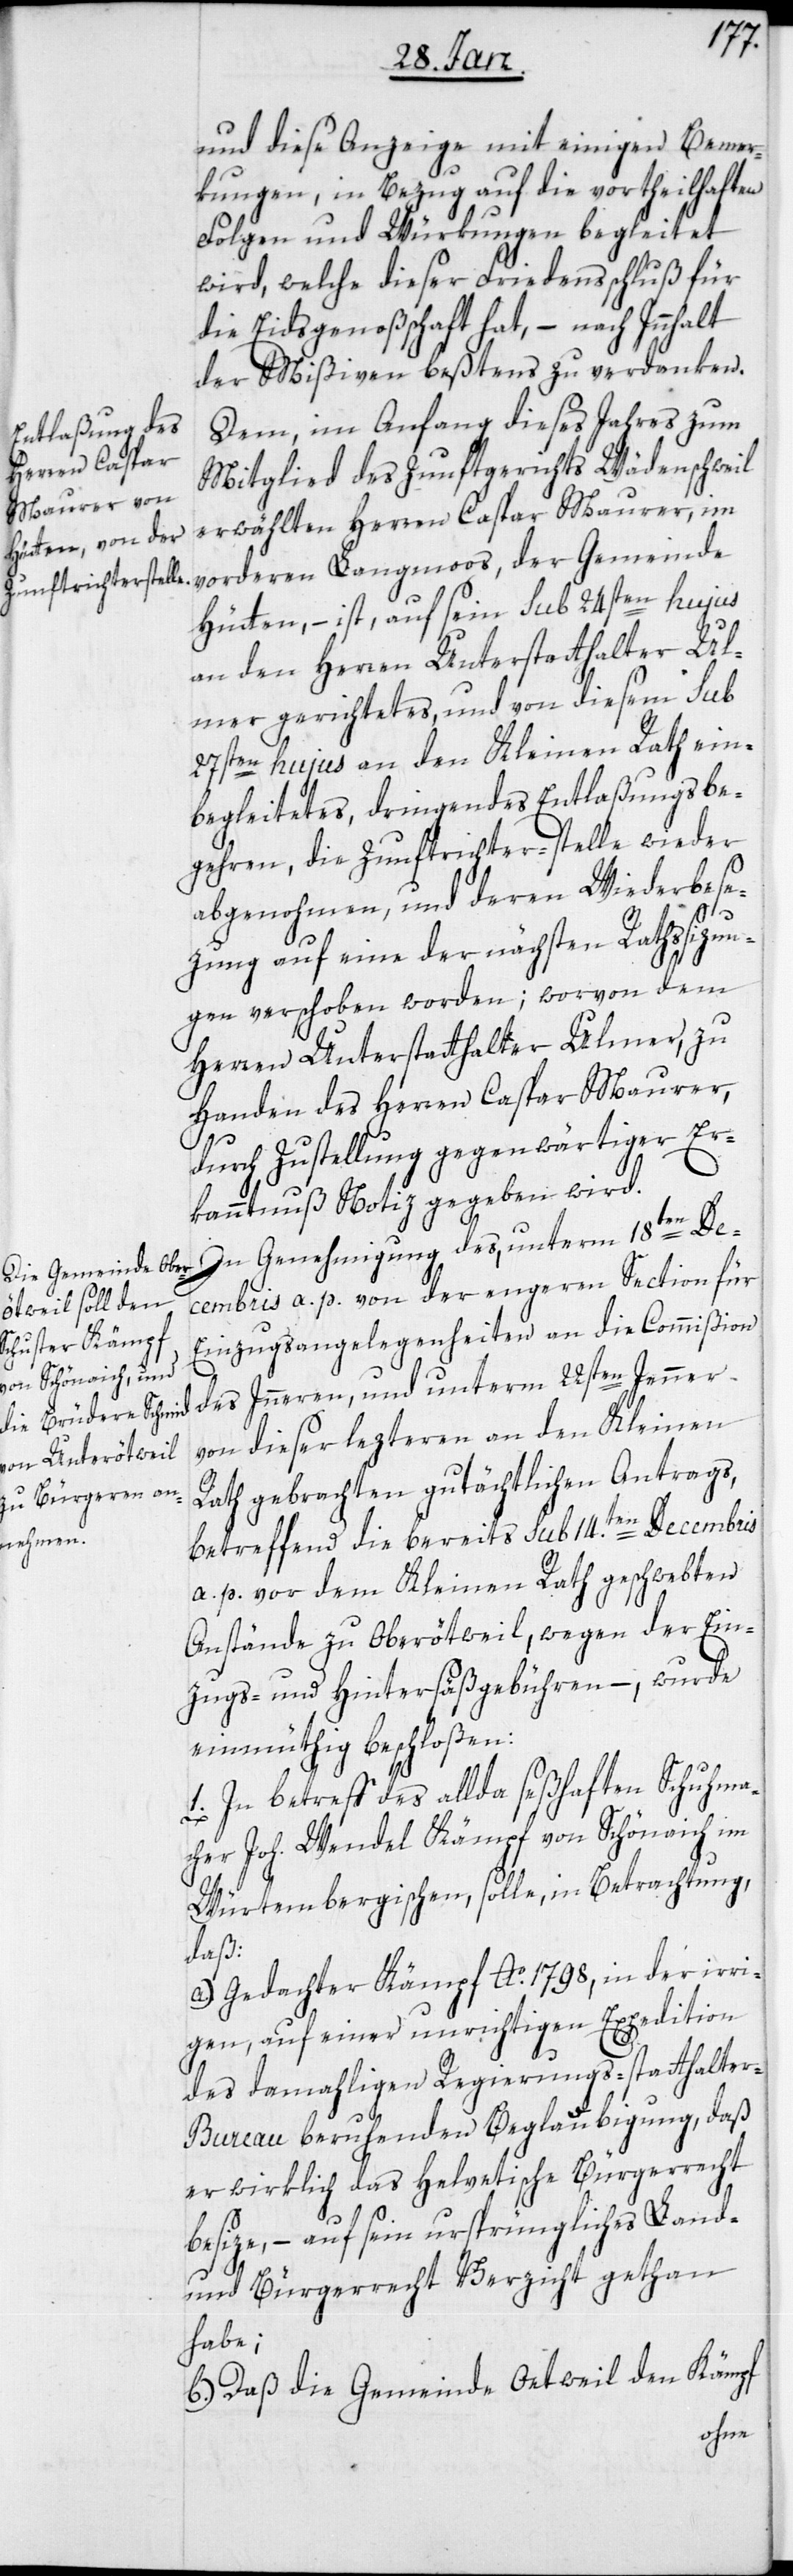
und diese Anzeige mit einigen Bemer¬
kungen, in Bezug auf die vortheilhaften
Folgen und Würkungen begleitet
wird, welche dieser Friedensschluß für
die Eidsgenoßschaft hat, – nach Innhalt
der Mißiven beßtens zu verdanken.
Dem, im Anfang dieses Jahres zum
Mitglied des Zunftgerichts Wädenschweil
erwählten Herren Caspar Maurer, im
vorderen Langmoos der Gemeinde
an den Herren Unterstatthalter Ul¬
mer gerichtetes und von diesem sub
27sten hujus an den Kleinen Rath ein¬
begleitetes dringendes Entlaßungsbe¬
gehren, die Zunftrichter-stelle wieder
abgenohmen, und deren Wiederbese¬
zung auf eine der nächsten Rathssizun¬
gen verschoben worden; worvon dem
Herren Unterstatthalter Ulmer, zu
Handen des Herren Caspar Maurer,
durch Zustellung gegenwärtiger Er¬
kanntnuß Notiz gegeben wird.
In Genehmigung des, unterm 18ten De¬
cembris a. p. von der engeren Section für
Einzugsangelegenheiten an die Commißion
des Inneren, und unterm 22sten Jenner
von dieser letzteren an den Kleinen
Rath gebrachten gutächtlichen Antrags,
betreffend die bereits sub 14.ten Decembris
a. p. vor dem Kleinen Rath geschwebten
Anstände zu Oberötweil, wegen der Ein¬
zugs- und Hintersäßgebühren, – wurde
einmüthig beschloßen:
1. In betreff des allda seßhaften Schuhma¬
cher Joh. Wendel Kämpf von Schönaich im
Würtembergischen, solle, in Betrachtung,
daß:
a) Gedachter Kämpf Ao. 1798, in der irri¬
gen, auf einer unrichtigen Expedition
des damahligen Regierungs-statthalte¬
r-Bureau beruhenden Beglaubigung, daß
er wirklich das Helvetische Bürgerrecht
besize, – auf sein ursprüngliches Land-
und Bürgerrecht Verzicht gethan
habe;
b) Daß die Gemeinde Oetweil den Kämpf